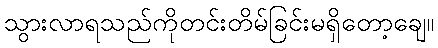
သွားလာရသည်ကိုတင်းတိမ်ခြင်းမရှိတော့ချေ။